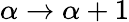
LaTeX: \alpha\rightarrow\alpha+1